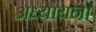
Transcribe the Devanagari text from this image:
अध्यायन।